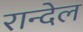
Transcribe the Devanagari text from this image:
रान्देल